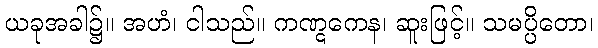
ယခုအခါ၌။ အဟံ၊ ငါသည်။ ကဏ္ဋကေန၊ ဆူးဖြင့်။ သမပ္ပိတော၊